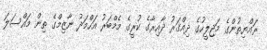
ރައްޔިތުންގެ މަޖިލީހުގެ ދިއްގަރު ދާއިރާގެ ކުރީގެ މެމްބަރު އަހްމަދު ނާޒިމްގެ ތިން މައްސަލަ